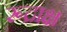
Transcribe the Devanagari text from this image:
रूद्राक्ष